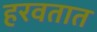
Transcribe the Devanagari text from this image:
हरवतात